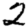
Digit: 2